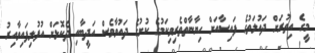
މީގެ އިތުރަށް ދައުލަތުގެ ފައިސާއަށް ހިޔާނާތްތެރިވިކަމުގެ ކުށުގެ ދައުވާވެސް އަދީބާއި ދެކޮޅަށް އުފުލިފައިވާއިރު